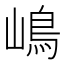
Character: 嶋